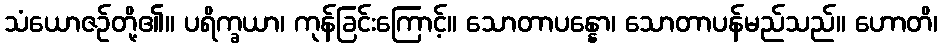
သံယောဇဉ်တို့၏။ ပရိက္ခယာ၊ ကုန်ခြင်းကြောင့်။ သောတာပန္နော၊ သောတာပန်မည်သည်။ ဟောတိ၊